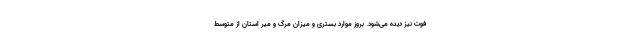
فوت نیز دیده می‌شود. بروز موارد بستری و میزان مرگ و میر استان از متوسط